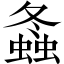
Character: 螽